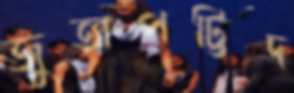
জুতাপট্টিদ